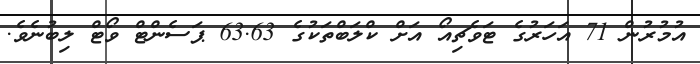
އުމުރުން 71 އަހަރުގެ ޓަވެޗިއޯ އަށް ކްލަބްތަކުގެ 63.63 ޕަސެންޓް ވޯޓް ލިބުނެވެ.